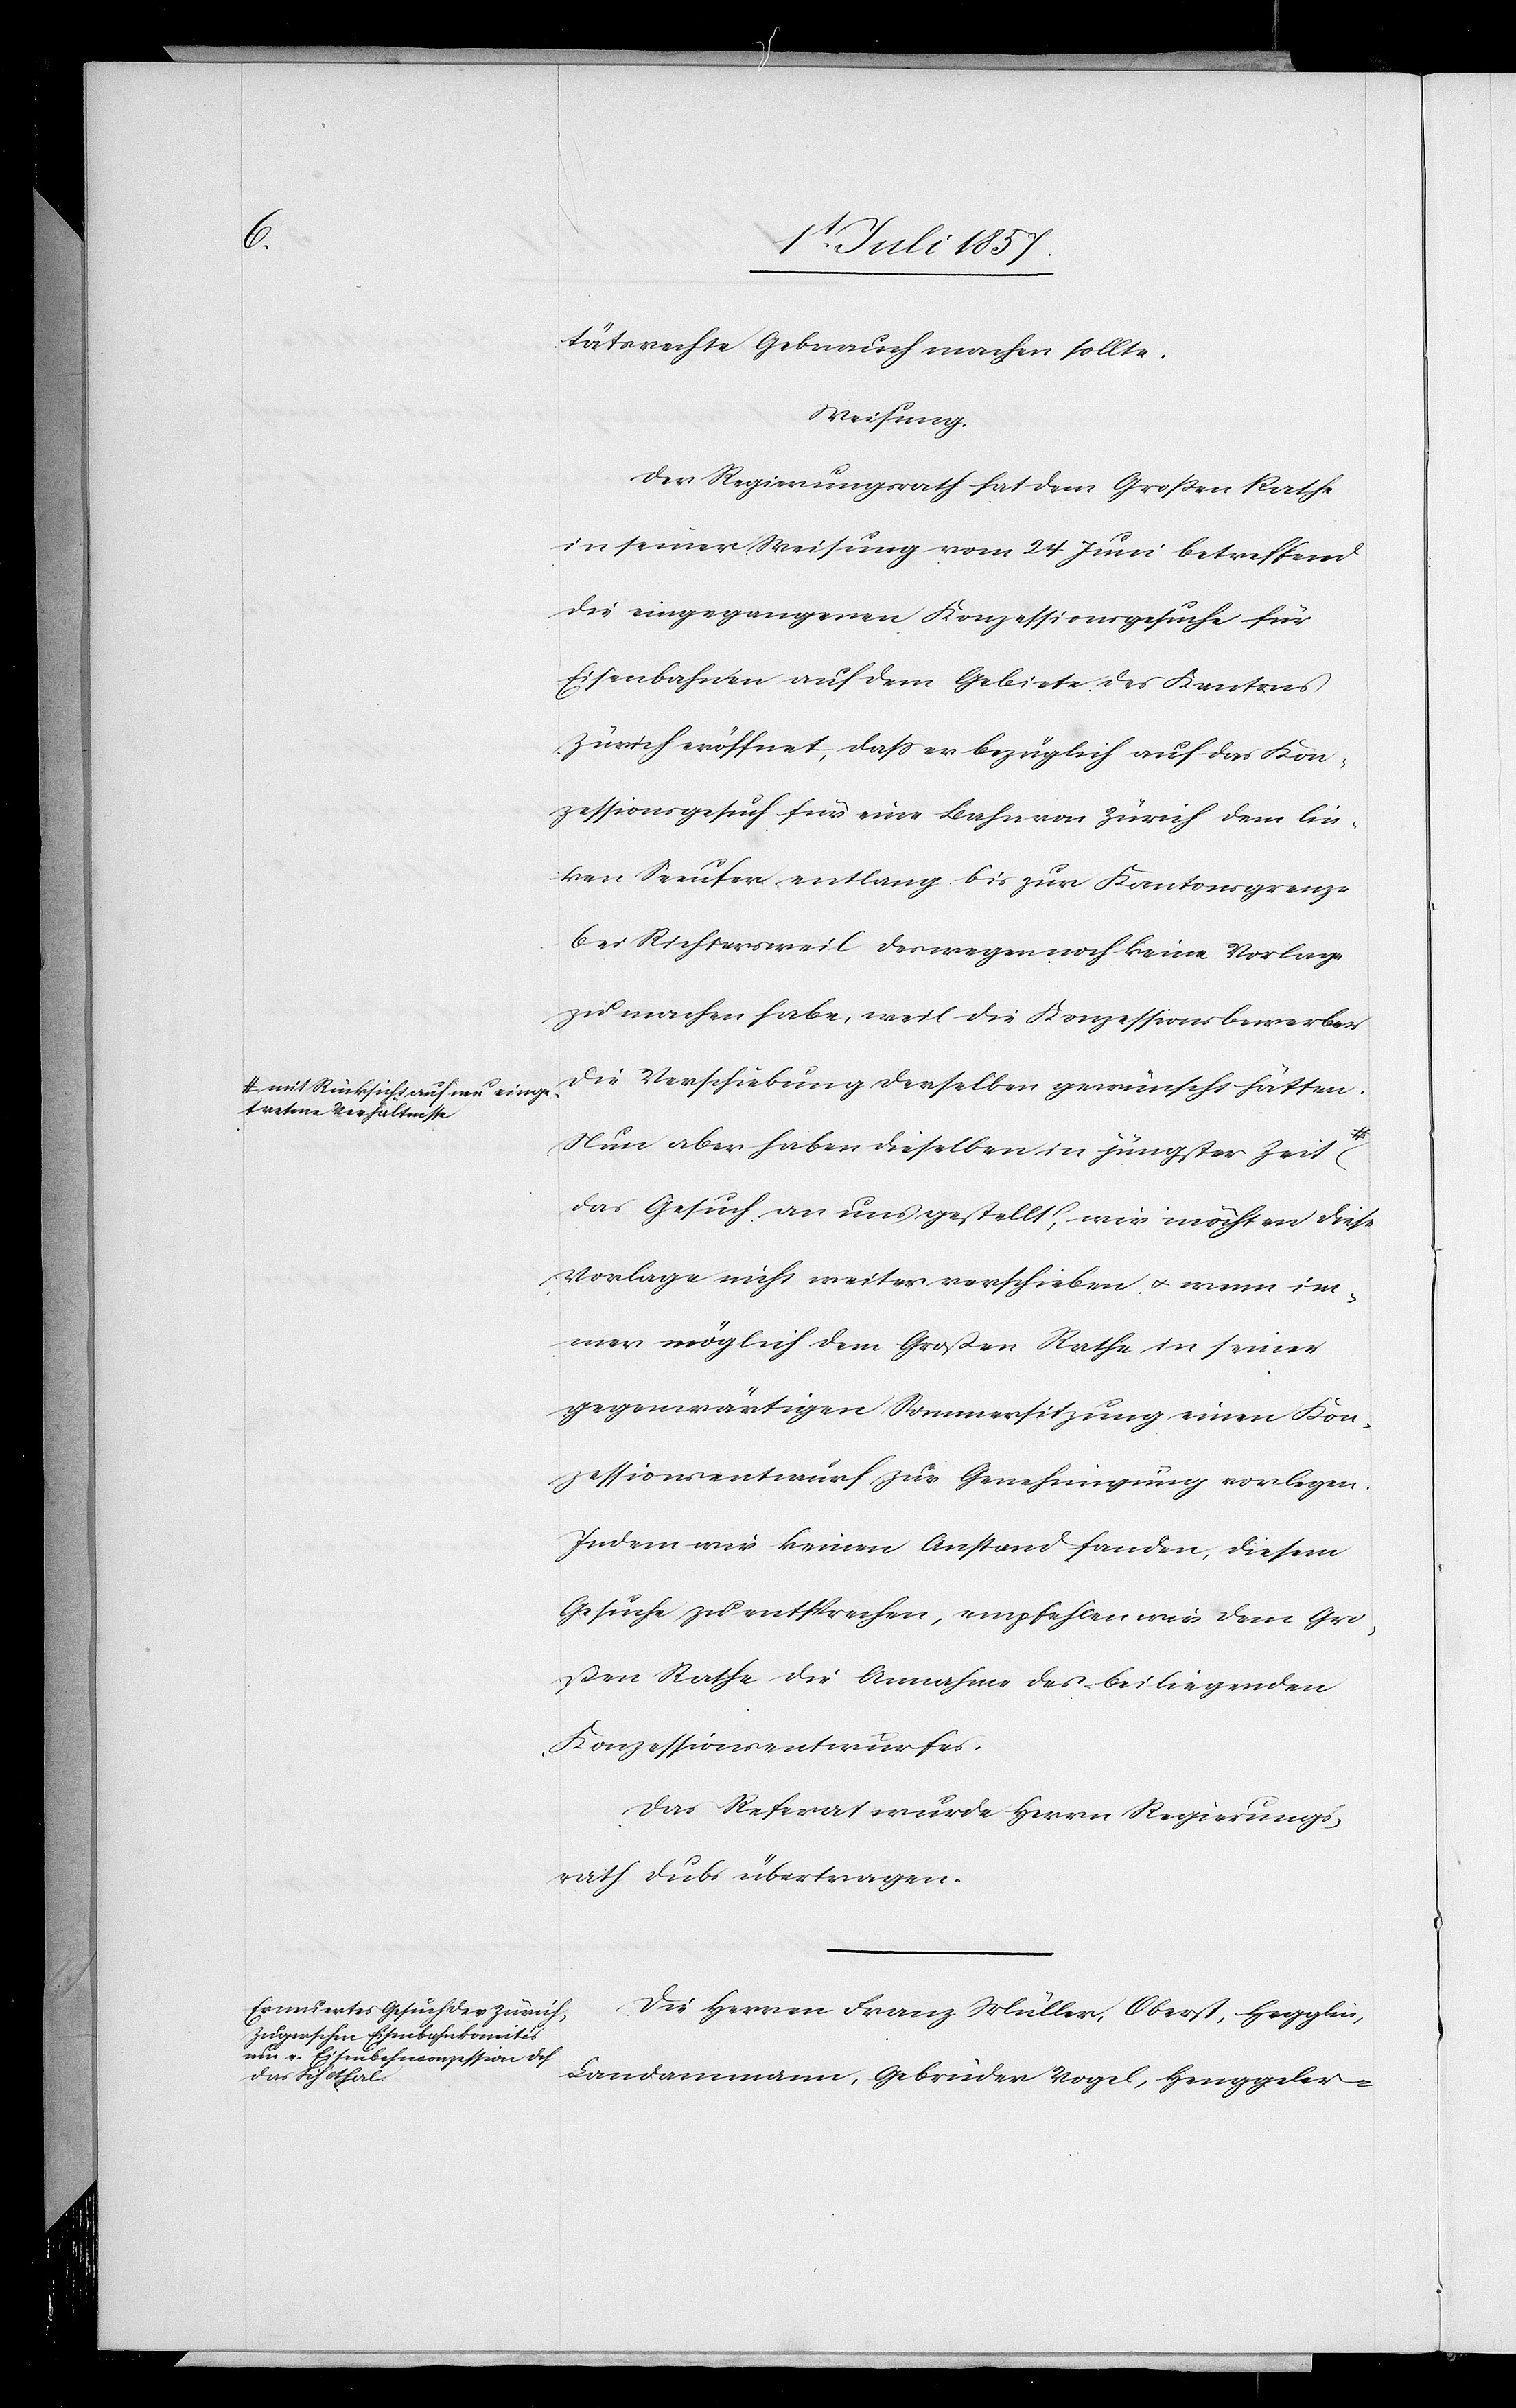
a-mit Rücksicht auf neu einge¬
tretene Verhältnisse-a

tätsrecht Gebrauch machen sollte.
Weisung.
Der Regierungsrath hat dem Großen Rathe
in seiner Weisung vom 24 Juni betreffend
die eingegangenen Konzessionsgesuche für
Eisenbahnen auf dem Gebiete des Kantons
Zürich eröffnet, daß er bezüglich auf das Kon¬
zessionsgesuch für eine Bahn von Zürich dem lin¬
ken Seeufer entlang bis zur Kantonsgrenze
bei Richtersweil deswegen noch keine Vorlage
zu machen habe, weil die Konzessionsbewerber
die Verschiebung derselben gewünscht hätten.
Nun aber haben dieselben in jüngster Zeit
das Gesuch an uns gestellt, wir möchten diese
Vorlage nicht weiter verschieben & wenn im¬
mer möglich dem Großen Rathe in seiner
gegenwärtigen Sommersitzung einen Kon¬
zessionsentwurf zur Genehmigung vorlegen.
Indem wir keinen Anstand fanden, diesem
Gesuche zu entsprechen, empfehlen wir dem Gro¬
ßen Rathe die Annahme des beiliegenden
Konzessionsentwurfes.
Das Referat wurde Herrn Regierungs¬
rath Dubs übertragen.
Die Herren Franz Müller, Oberst, Hegglin,
Landammann, Gebrüder Vogel, Henggeler-